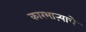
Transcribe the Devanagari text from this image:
कारभाऱ्याचे